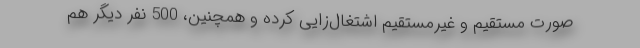
صورت مستقیم و غیرمستقیم اشتغال‌زایی کرده و همچنین، 500 نفر دیگر هم